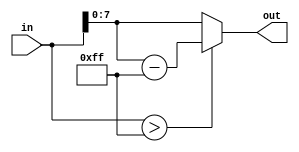
module comparator_FF(in,out);
input wire [8:0] in;
output reg [7:0] out;

always @(*)
	begin
		if (in > 8'hFF)
			out<=in-8'hFF;
		else 
			out<=in[7:0];	
	end
	
endmodule